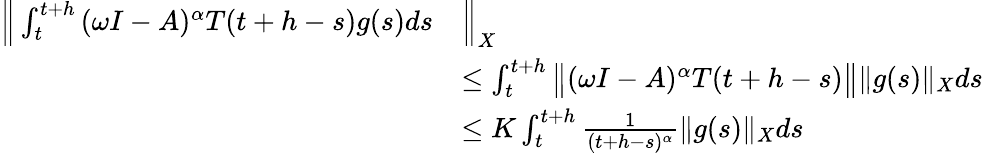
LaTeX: \begin{array}{rl}{\Big\| \int_{t}^{t+h}{(\omega I-A)^{\alpha}T(t+h-s)g(s)ds}}&{\Big\| _{X}}\\ &{\leq\int_{t}^{t+h}\big\| (\omega I-A)^{\alpha}T(t+h-s)\big\| \| g(s)\| _{X}ds}\\ &{\leq K\int_{t}^{t+h}\frac{1}{(t+h-s)^{\alpha}}\| g(s)\| _{X}ds}\end{array}